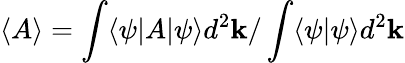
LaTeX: \langle A\rangle=\int\langle\psi|A|\psi\rangle d^{2}\mathbf{k}/\int\langle\psi|\psi\rangle d^{2}\mathbf{k}